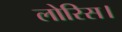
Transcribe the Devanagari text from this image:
लोरिस।